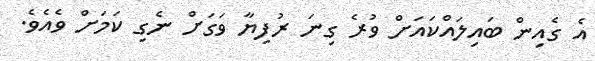
އެ ގެއިން ބައިލައްކައަށް ވުރެ ގިނަ ރުފިޔާ ވަގަށް ނެގި ކަމަށް ވެއެވެ.